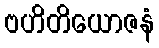
ဗဟိတိယောဇနံ